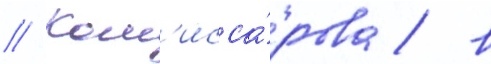
// Ком'исса́рова / в